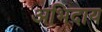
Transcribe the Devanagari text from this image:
अभिदाय